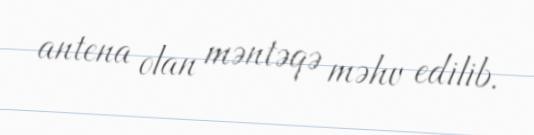
antena olan məntəqə məhv edilib.